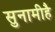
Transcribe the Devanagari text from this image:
सुनामीहै